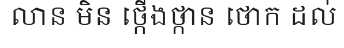
លាន មិន ថ្កើងថ្កាន ថោក ដល់